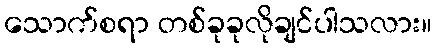
သောက်စရာ တစ်ခုခုလိုချင်ပါသလား။